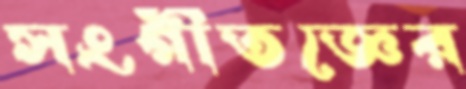
সংগীতজ্ঞের